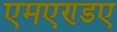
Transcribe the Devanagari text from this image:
एमएण्डए